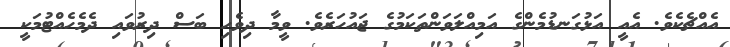
އެއްޗެކެވެ. އެއީ އަޅުގަނޑުމެންގެ އަމިއްލަވަންތަކަމުގެ ޖައުހަރެވެ. ވީމާ ދިވެހި ބަސް ދިރުވައި ދެމެހެއްޓުމަކީ